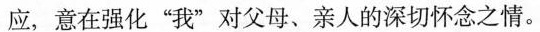
应，意在强化”我”对父母、亲人的深切怀念之情。